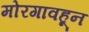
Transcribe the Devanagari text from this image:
मोरगावहून